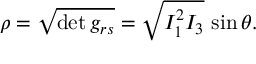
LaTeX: \rho = \sqrt { \operatorname * { d e t } g _ { r s } } = \sqrt { I _ { 1 } ^ { 2 } I _ { 3 } } \, \sin \theta .